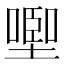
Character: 𰊩